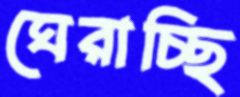
ঘেরাচ্ছি